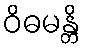
ဝိဓမန္တိ